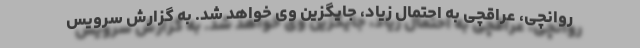
روانچی، عراقچی به احتمال زیاد، جایگزین وی خواهد شد. به گزارش سرویس